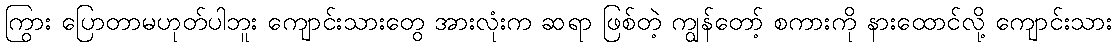
ကြွား ပြောတာမဟုတ်ပါဘူး ကျောင်းသားတွေ အားလုံးက ဆရာ ဖြစ်တဲ့ ကျွန်တော့် စကားကို နားထောင်လို့ ကျောင်းသား